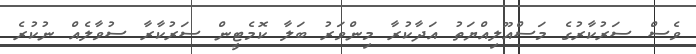
ވެސް ސަރުކާރުގެ މަސްއޫލިއްޔަތު އަދާކުރާ މިންވަރު ބަލާ ކޮމެޓީން ސަރުކާރާ ސުވާލެއް ނުކުރެ